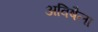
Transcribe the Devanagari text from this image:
अविषैला